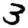
Digit: 3